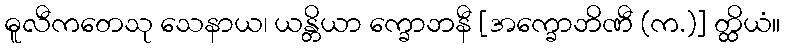
ဓူလီကတေသု သေနာယ၊ ယန္တိယာ က္ခောဘနီ [အက္ခောဘိဏီ (က.)] တ္ထိယံ။